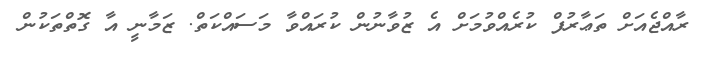
ރާއްޖެއަށް ތަޢާރުފް ކުރެއްވުމަށް އެ ޒުވާނުން ކުރައްވާ މަސައްކަތް. ޒަމާނީ އާ ގޮތްތަކުން